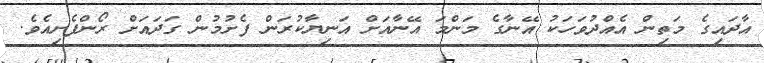
އާދައިގެ މަތިން އެއްދުވަހަކު އޭނާގެ މަންމަ އޭނާއަށް އަނިޔާކުރަން ފެށުމުން ގަދައަށް ރޯންފެށިއެވެ.